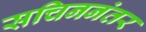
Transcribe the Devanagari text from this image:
सचिननंतर